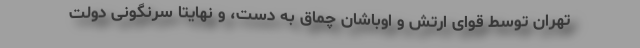
تهران توسط قوای ارتش و اوباشان چماق به دست، و نهایتا سرنگونی دولت